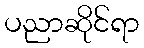
ပညာဆိုင်ရာ